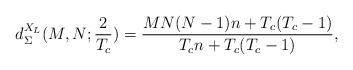
LaTeX: \begin{align*}d_\Sigma ^{{X_L}}(M,N;\frac{2}{{{T_c}}}) = \frac{{MN(N - 1)n + {T_c}({T_c} - 1)}}{{{T_c}n + {T_c}({T_c} - 1)}},\end{align*}